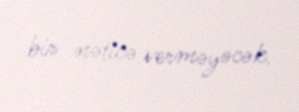
bir nəticə verməyəcək.